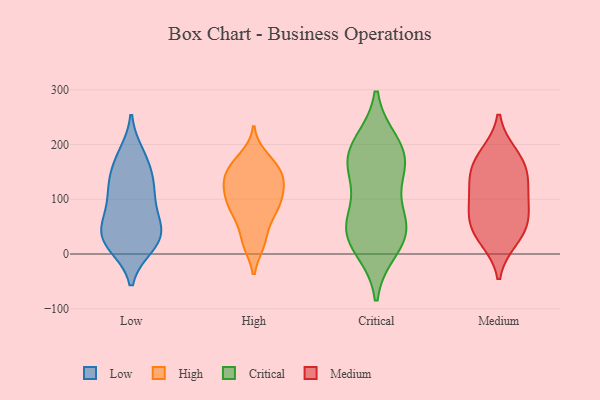
{"axis": {"x": "Backlog", "y": "Value"}, "legend": ["Critical", "High", "Low", "Medium"], "data": [{"x": "", "y": 19, "type": "Low"}, {"x": "", "y": 111, "type": "Low"}, {"x": "", "y": 15, "type": "Low"}, {"x": "", "y": 183, "type": "Low"}, {"x": "", "y": 34, "type": "Low"}, {"x": "", "y": 50, "type": "Low"}, {"x": "", "y": 33, "type": "Low"}, {"x": "", "y": 45, "type": "Low"}, {"x": "", "y": 156, "type": "Low"}, {"x": "", "y": 79, "type": "Low"}, {"x": "", "y": 109, "type": "Low"}, {"x": "", "y": 66, "type": "Low"}, {"x": "", "y": 177, "type": "Low"}, {"x": "", "y": 130, "type": "Low"}, {"x": "", "y": 14, "type": "Low"}, {"x": "", "y": 132, "type": "Low"}, {"x": "", "y": 93, "type": "High"}, {"x": "", "y": 126, "type": "High"}, {"x": "", "y": 177, "type": "High"}, {"x": "", "y": 149, "type": "High"}, {"x": "", "y": 163, "type": "High"}, {"x": "", "y": 23, "type": "High"}, {"x": "", "y": 67, "type": "High"}, {"x": "", "y": 140, "type": "High"}, {"x": "", "y": 76, "type": "High"}, {"x": "", "y": 21, "type": "High"}, {"x": "", "y": 124, "type": "High"}, {"x": "", "y": 138, "type": "High"}, {"x": "", "y": 103, "type": "High"}, {"x": "", "y": 101, "type": "High"}, {"x": "", "y": 20, "type": "High"}, {"x": "", "y": 73, "type": "High"}, {"x": "", "y": 123, "type": "High"}, {"x": "", "y": 166, "type": "High"}, {"x": "", "y": 156, "type": "High"}, {"x": "", "y": 87, "type": "High"}, {"x": "", "y": 50, "type": "Critical"}, {"x": "", "y": 34, "type": "Critical"}, {"x": "", "y": 176, "type": "Critical"}, {"x": "", "y": 161, "type": "Critical"}, {"x": "", "y": 200, "type": "Critical"}, {"x": "", "y": 53, "type": "Critical"}, {"x": "", "y": 12, "type": "Critical"}, {"x": "", "y": 141, "type": "Critical"}, {"x": "", "y": 54, "type": "Critical"}, {"x": "", "y": 187, "type": "Critical"}, {"x": "", "y": 150, "type": "Medium"}, {"x": "", "y": 55, "type": "Medium"}, {"x": "", "y": 112, "type": "Medium"}, {"x": "", "y": 137, "type": "Medium"}, {"x": "", "y": 72, "type": "Medium"}, {"x": "", "y": 28, "type": "Medium"}, {"x": "", "y": 39, "type": "Medium"}, {"x": "", "y": 93, "type": "Medium"}, {"x": "", "y": 171, "type": "Medium"}, {"x": "", "y": 181, "type": "Medium"}]}